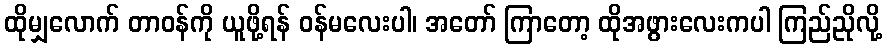
ထိုမျှလောက် တာဝန်ကို ယူဖို့ရန် ဝန်မလေးပါ၊ အတော် ကြာတော့ ထိုအဖွားလေးကပါ ကြည်ညိုလို့